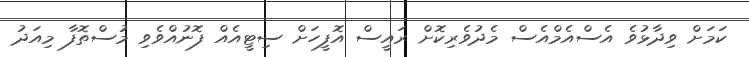
ކަމަށް ވިދާޅުވެ އެސްއެމްއެސް މެދުވެރިކޮށް ރައީސް އޮފީހަށް ސިޓީއެއް ފޮނުއްވެވި މުސްތޮފާ މިއަދު